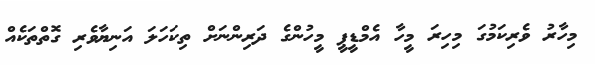
މިހާރު ވެރިކަމުގަ މިހިރަ މީހާ އެމްޑީޕީ މީހުންގެ ދަރިންނަށް ތިކަހަލަ އަނިޔާވެރި ގޮތްތަކެއް